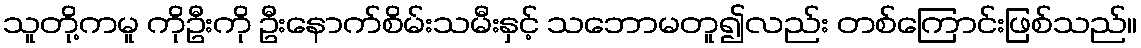
သူတို့ကမူ ကိုဦးကို ဦးနောက်စိမ်းသမီးနှင့် သဘောမတူ၍လည်း တစ်ကြောင်းဖြစ်သည်။